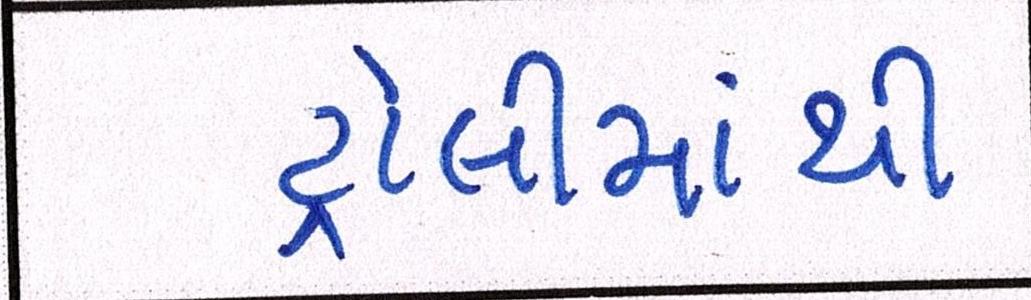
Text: ટ્રોલીમાંથી